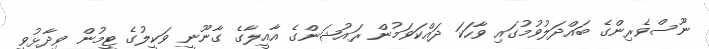
ނޫސްވެރިންގެ ބައްދަލުވުމުގައި ވާހަކަ ދައްކަވަމުން ރައުޝަންގެ އާއީލާގެ ގާނޫނީ ވަކީލުގެ ޓީމުން ވިދާޅުވީ